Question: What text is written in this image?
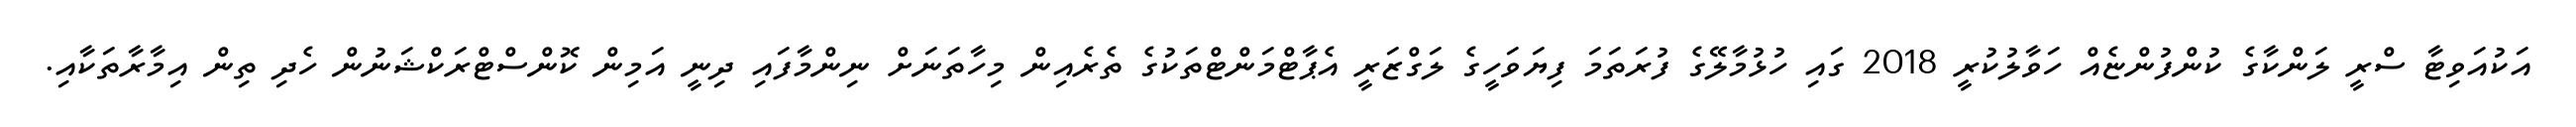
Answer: އަކުއަވިޓާ ސްރީ ލަންކާގެ ކުންފުންޏެއް ހަވާލުކުރީ 2018 ގައި ހުޅުމާލޭގެ ފުރަތަމަ ފިޔަވަހީގެ ލަގްޒަރީ އެޕާޓްމަންޓްތަކުގެ ތެރެއިން މިހާތަނަށް ނިންމާފައި ދިނީ އަމިން ކޮންސްޓްރަކްޝަނުން ހެދި ތިން އިމާރާތަކާއި.